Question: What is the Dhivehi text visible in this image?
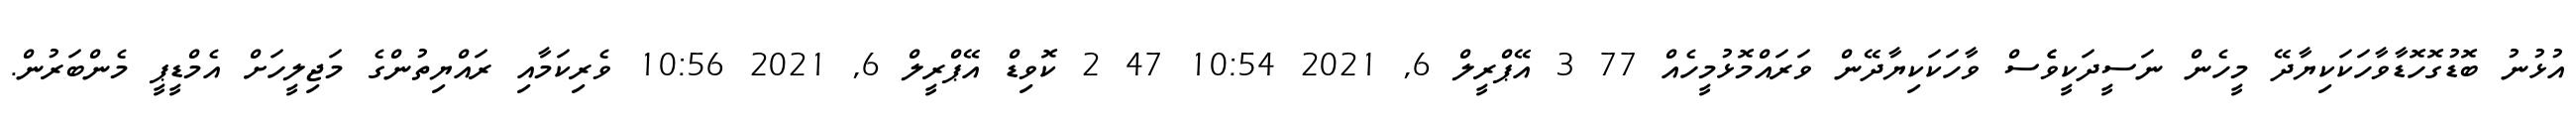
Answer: އުޅުނު ބޮޑުގޮހޮޑާވާހަކަކިޔާދޭ މީހެން ނަސީދަކީވެެސް ވާހަކަކިޔާދޭން ވަރައްމޮޅުމީހެއް 77 3 އޭޕްރީލް 6, 2021 10:54 47 2 ކޮވިޑް އޭޕްރީލް 6, 2021 10:56 ވެރިކަމާއި ރައްޔިތުންގެ މަޖިލީހަށް އެމްޑީޕީ މެންބަރުން.